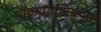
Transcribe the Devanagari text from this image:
मॉक्रोमोलिक्युल